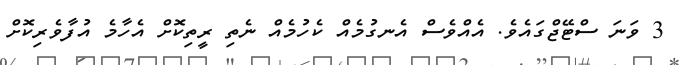
3 ވަނަ ސްޓޭޖްގައެވެ. އެއްވެސް އެނގުމެއް ކެހުމެއް ނެތި ރީތިކޮށް އެހާމެ އުފާވެރިކޮށް